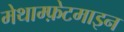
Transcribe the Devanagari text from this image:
मेथाम्फ़ेटमाइन